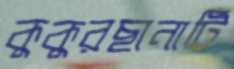
কুকুরছানাটি